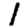
Digit: 1